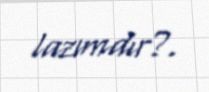
lazımdır?.